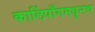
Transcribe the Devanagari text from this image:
कालिंपाँगमधूनच